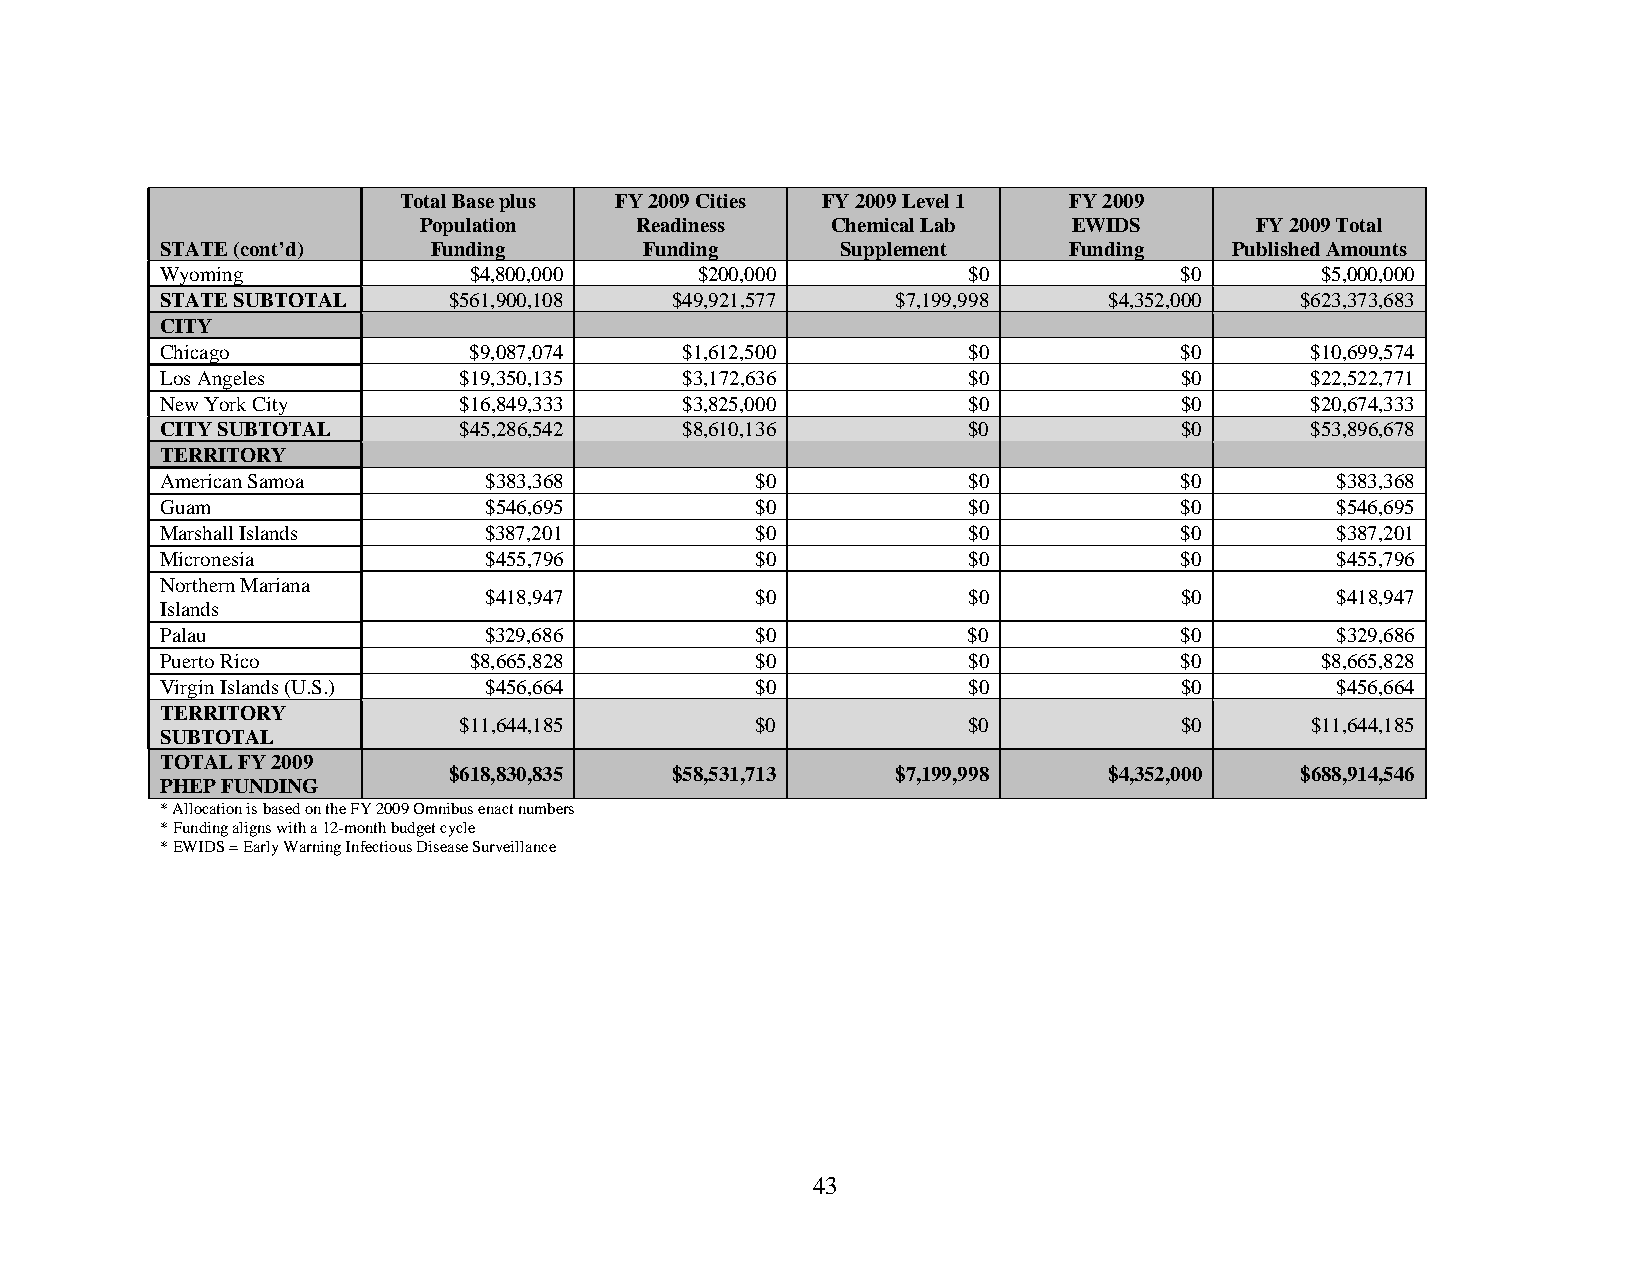
Total Base plus FY 2009 Cities FY 2009 Level 1 FY 2009
 Population    Readiness    Chemical Lab    EWIDS       FY 2009 Total
 STATE (cont’d)   Funding        Funding      Supplement     Funding    Published Amounts
 Wyoming             $4,800,000     $200,000          $0            $0       $5,000,000
 STATE SUBTOTAL     $561,900,108  $49,921,577    $7,199,998    $4,352,000   $623,373,683
 CITY
 Chicago             $9,087,074    $1,612,500         $0            $0       $10,699,574
 Los Angeles        $19,350,135    $3,172,636         $0            $0       $22,522,771
 New York City      $16,849,333    $3,825,000         $0            $0       $20,674,333
 CITY SUBTOTAL      $45,286,542    $8,610,136         $0            $0       $53,896,678
 TERRITORY
 American Samoa       $383,368          $0            $0            $0        $383,368
 Guam                 $546,695          $0            $0            $0        $546,695
 Marshall Islands     $387,201          $0            $0            $0        $387,201
 Micronesia           $455,796          $0            $0            $0        $455,796
 Northern Mariana
 $418,947          $0            $0            $0        $418,947
 Islands
 Palau                $329,686          $0            $0            $0        $329,686
 Puerto Rico         $8,665,828         $0            $0            $0       $8,665,828
 Virgin Islands (U.S.) $456,664         $0            $0            $0        $456,664
 TERRITORY
 $11,644,185         $0            $0            $0       $11,644,185
 SUBTOTAL
 TOTAL FY 2009
 $618,830,835  $58,531,713    $7,199,998    $4,352,000   $688,914,546
 PHEP FUNDING
 * Allocation is based on the FY 2009 Omnibus enact numbers
 * Funding aligns with a 12-month budget cycle
 * EWIDS = Early Warning Infectious Disease Surveillance
 43